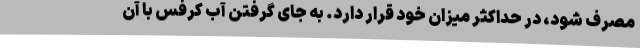
مصرف شود، در حداکثر میزان خود قرار دارد. به جای گرفتن آب کرفس با آن